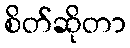
စိတ်ဆိုတာ